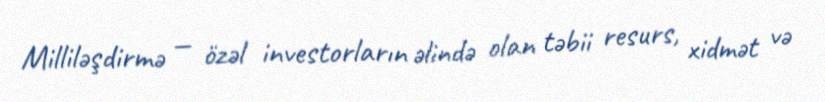
Milliləşdirmə — özəl investorların əlində olan təbii resurs, xidmət və